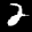
Label: 2